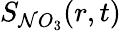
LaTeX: S_{\mathcal{N}O_{3}}(r,t)